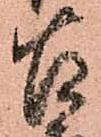
古